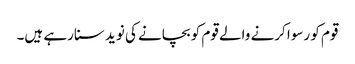
قوم کو رسوا کرنے والے قوم کو بچانے کی نوید سنارہے ہیں۔